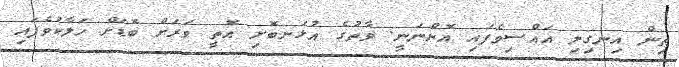
ތިން އިނގިލި އައްސިވެފައި އޮންނަނީ. ވާތުގެ އުޅަނބޮށި އޮތީ ވަރަށް ބޮޑަށް ހަލާކުވެފައި